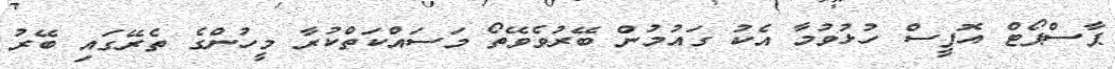
ޕާސްޕޯޓް އޮފީސް ހުޅުވުމާ އެކު ގައުމުން ބޭރުވެވޭތޯ މަސައްކަތްކުރާ މީހުންގެ ތެރޭގައި ބޭރު